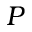
P